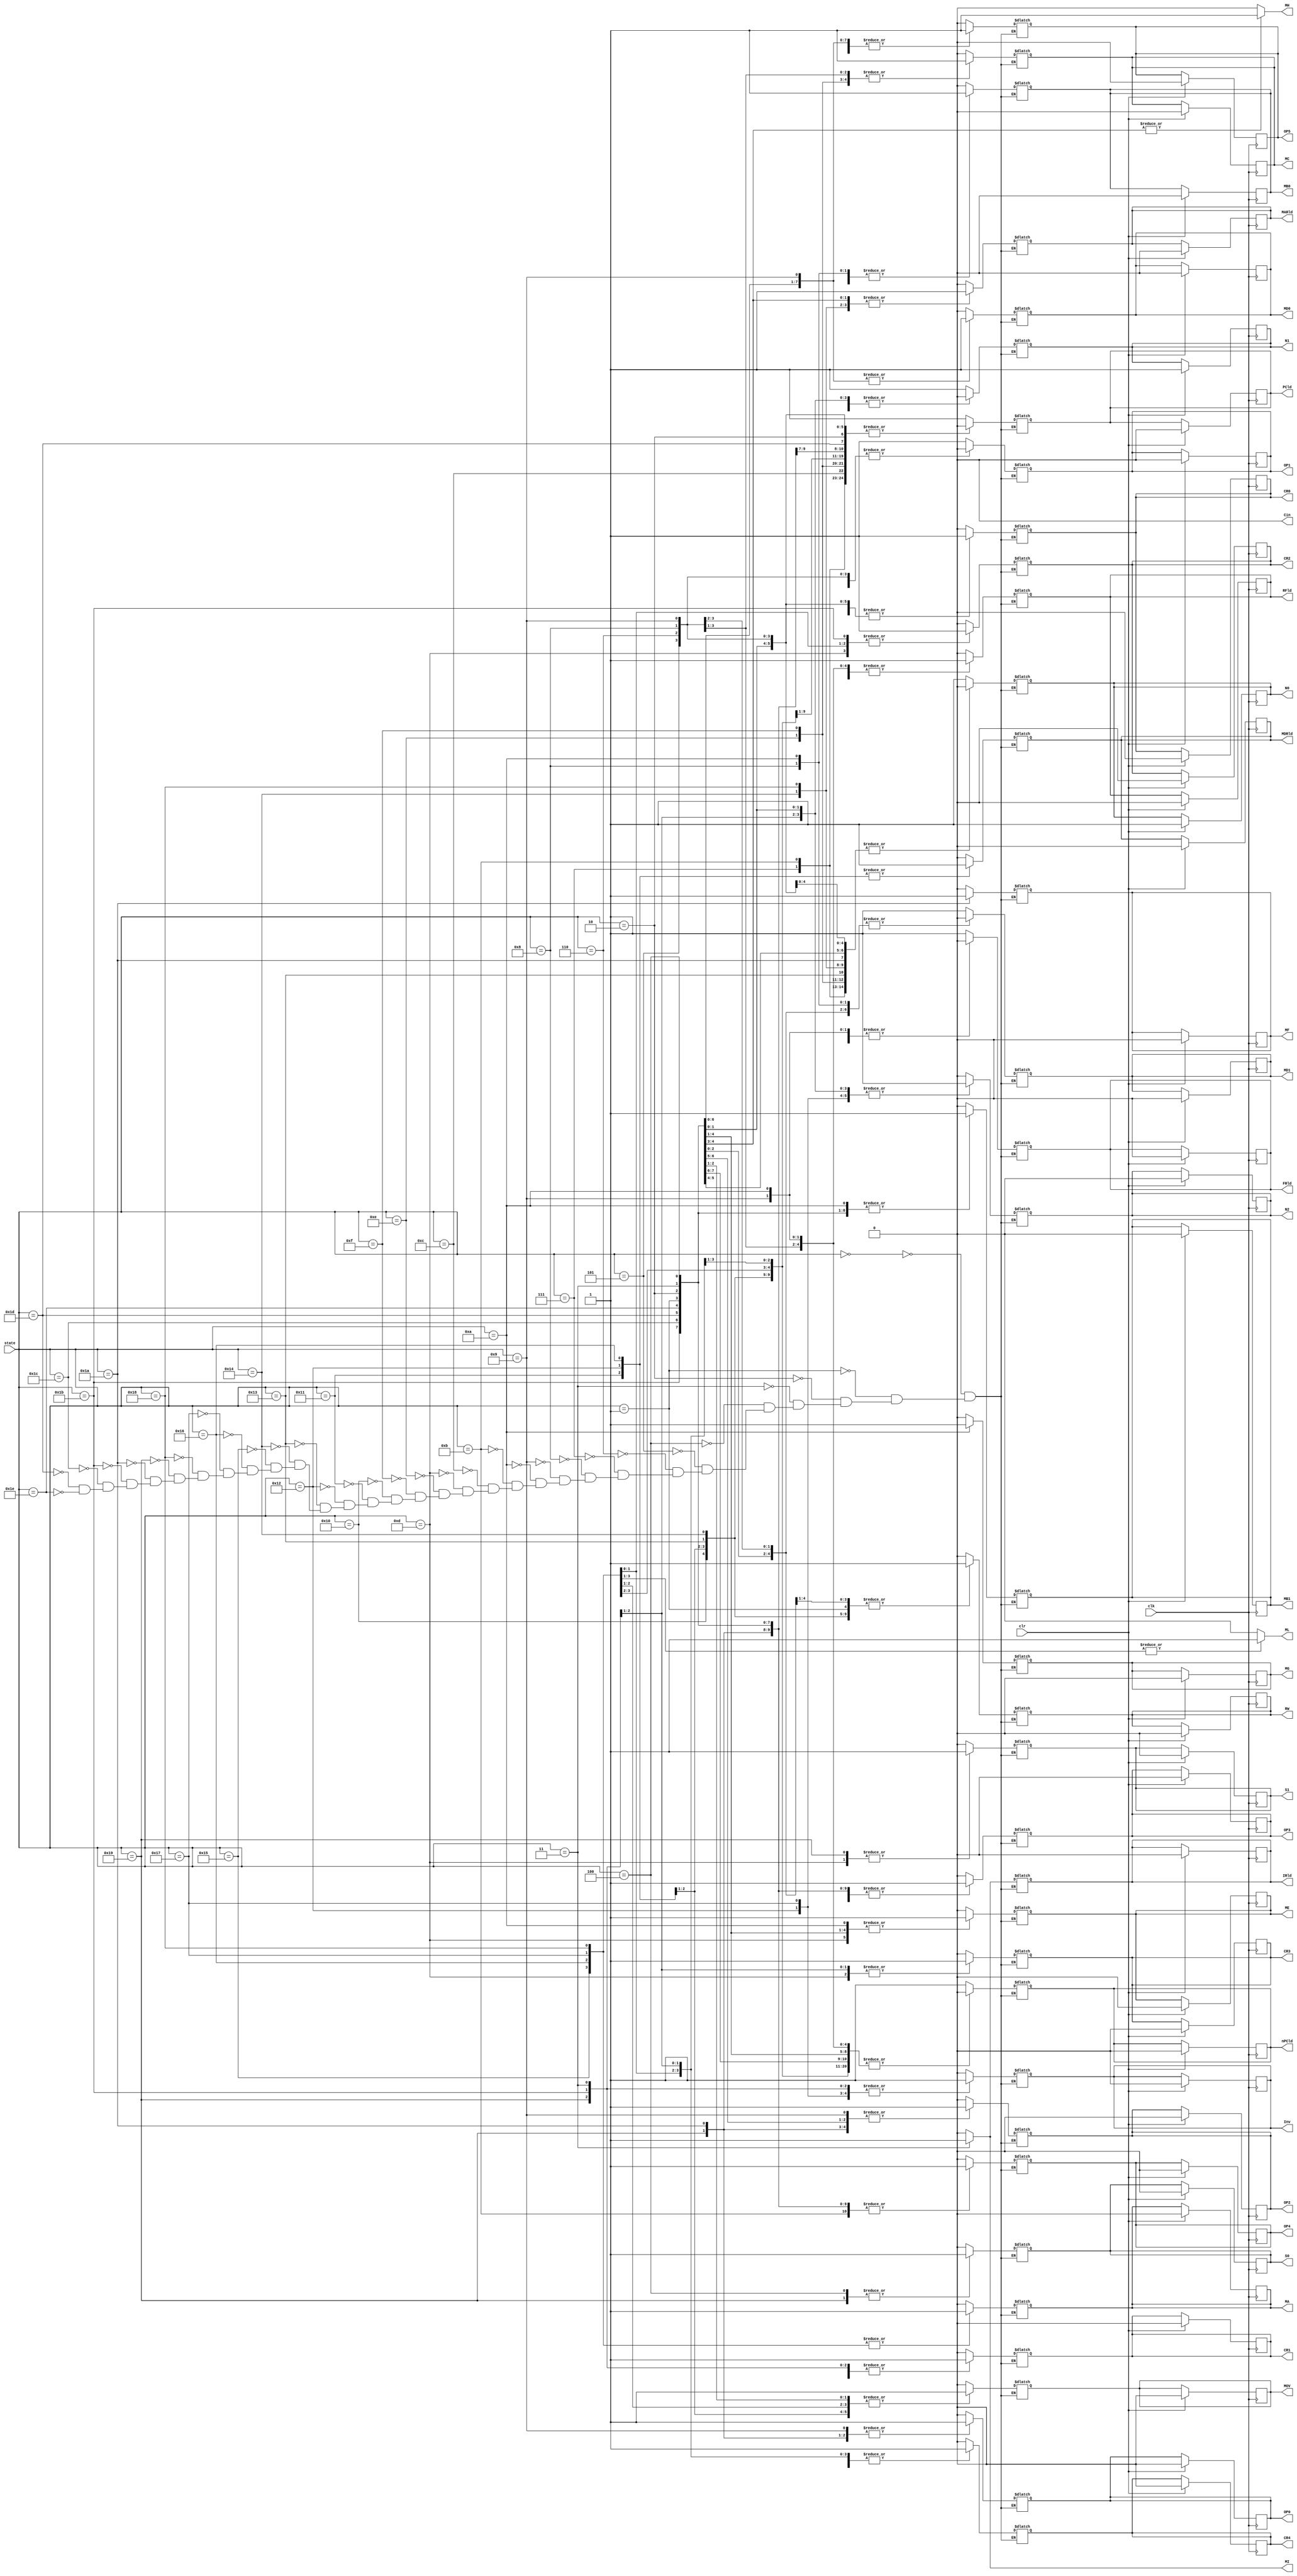
/* Module of Microstore for the Control Unit
   Programmed by: Lianne Snchez Rodrguez
   Phase 3 
   Professor: Nestor Rodrguez 
*/
module microstore(output reg MOV, RW, MARld, MDRld, IRld, PCld, nPCld, RFld, FRld, Cin, MA, MB0, MB1, MC, MD0, MD1, ME, MF, MG, MH, MI,ML, OP5, 
				OP4, OP3, OP2, OP1, OP0, N2, N1, N0, Inv, S1, S0, CR4, CR3, CR2, CR1, CR0, input [4:0] state, input clk, clr);
	initial
		begin
			//	Control Signals for Data Path
			MOV <= 0;
			RW <= 0;
			MARld <= 0;
			MDRld <= 0;
			IRld <= 0;
			PCld <= 0;
			nPCld <= 0;
			RFld <= 0;
			FRld <= 0;
			MA <= 0;
			MB0 <= 0;
			MB1 <= 0;
			MC <= 0;
			MD0 <= 0;
			MD1 <= 0;
			ME <= 0;
			MF <= 0;
			MG <= 0;
			OP0 <= 0;
			OP1 <= 0;
			OP2 <= 0;
			OP3 <= 0;
			OP4 <= 0;
			OP5 <= 0;
			Cin <= 0;
			// 	Transition State Signals
			N2 <= 0;
			N1 <= 1;
			N0 <= 0;
			Inv <= 0;
			S1 <= 0;
			S0 <= 0;
			CR4 <= 0;
			CR3 <= 0;
			CR2 <= 0;
			CR1 <= 0;
			CR0 <= 0;
		end
	always @(posedge clk)
		begin
			if(clr)
				begin
					//	Control Signals for Data Path
					MOV <= 0;
					RW <= 0;
					MARld <= 0;
					MDRld <= 0;
					IRld <= 0;
					PCld <= 0;
					nPCld <= 0;
					RFld <= 0;
					FRld <= 0;
					MA <= 0;
					MB0 <= 0;
					MB1 <= 0;
					MC <= 0;
					MD0 <= 0;
					MD1 <= 0;
					ME <= 0;
					MF <= 0;
					MG <= 0;
					OP0 <= 0;
					OP1 <= 0;
					OP2 <= 0;
					OP3 <= 0;
					OP4 <= 0;
					OP5 <= 0;
					Cin <= 0;
					// 	Transition State Signals
					N2 <= 0;
					N1 <= 1;
					N0 <= 1;
					Inv <= 0;
					S1 <= 0;
					S0 <= 0;
					CR4 <= 0;
					CR3 <= 0;
					CR2 <= 0;
					CR1 <= 0;
					CR0 <= 0;
				end
		end
	always @(state)
		begin
			//#5;
			MH <= 0;
			MI <= 0;
			ML <=0;
			case(state)
				5'b00000:
					begin
						//	Control Signals for Data Path
						MOV <= 0;
						RW <= 0;
						MARld <= 0;
						MDRld <= 0;
						IRld <= 0;
						PCld <= 1;
						nPCld <= 1;
						RFld <= 0;
						FRld <= 1;
						MA <= 0;
						MB0 <= 0;
						MB1 <= 0;
						MC <= 0;
						MD0 <= 0;
						MD1 <= 1;
						ME <= 0;
						MF <= 0;
						MG <= 0;
						OP0 <= 0;
						OP1 <= 1;
						OP2 <= 0;
						OP3 <= 0;
						OP4 <= 0;
						OP5 <= 0;
						Cin <= 0;
						// 	Transition State Signals
						N2 <= 0;
						N1 <= 1;
						N0 <= 1;
						Inv <= 0;
						S1 <= 0;
						S0 <= 0;
						CR4 <= 0;
						CR3 <= 0;
						CR2 <= 0;
						CR1 <= 0;
						CR0 <= 0;
					end
				5'b00001:
					begin
						//	Control Signals for Data Path
						MOV <= 0;
						RW <= 1;
						MARld <= 1;
						MDRld <= 0;
						IRld <= 0;
						PCld <= 1;// change
						nPCld <= 0;
						RFld <= 0;
						FRld <= 0;
						MA <= 0;
						MB0 <= 1;
						MB1 <= 1;
						MC <= 0;
						MD0 <= 1;//--
						MD1 <= 0;
						ME <= 1;
						MF <= 0;
						MG <= 0;
						MH <=1;
						
						OP0 <= 0;//changed op code
						OP1 <= 1;
						OP2 <= 0;
						OP3 <= 1;
						OP4 <= 1;
						OP5 <= 1;
						Cin <= 0;
						// 	Transition State Signals
						N2 <= 0;
						N1 <= 1;
						N0 <= 1;
						Inv <= 0;
						S1 <= 0;
						S0 <= 0;
						CR4 <= 0;
						CR3 <= 0;
						CR2 <= 0;
						CR1 <= 0;
						CR0 <= 1;
					end
				5'b00010:
					begin
												//	Control Signals for Data Path
						MOV <= 1;
						RW <= 1;
						MARld <= 0;
						MDRld <= 0;
						IRld <= 0;
						PCld <= 0;/// 
						nPCld <= 0;//CHANGE THIIIISIISISISISISIS
						RFld <= 0;
						FRld <= 0;
						MA <= 0;
						MB0 <= 1;
						MB1 <= 1;
						MC <= 0;
						MD0 <= 1;// cambie eso a 0--------
						MD1 <= 0;
						ME <= 1;
						MF <= 0;
						MG <= 0;
						OP0 <= 0;
						OP1 <= 1;
						OP2 <= 0;
						OP3 <= 1;
						OP4 <= 1;
						OP5 <= 1;
						Cin <= 0;
						// 	Transition State Signals
						N2 <= 0;
						N1 <= 1;
						N0 <= 1;
						Inv <= 0;
						S1 <= 0;
						S0 <= 0;
						CR4 <= 0;
						CR3 <= 0;
						CR2 <= 0;
						CR1 <= 0;
						CR0 <= 0;
					end
				5'b00011:
					begin
						//#5;						//	Control Signals for Data Path
						MOV <= 1;
						RW <= 1;
						MARld <= 0;
						MDRld <= 0;
						IRld <= 1;
						PCld <= 0;
						nPCld <= 0;
						RFld <= 0;
						FRld <= 0;
						MA <= 0;
						MB0 <= 1;
						MB1 <= 1;
						MC <= 0;
						MD0 <= 1; //----------
						MD1 <= 0;
						ME <= 1;
						MF <= 0;
						MG <= 0;
						MI <=1;
						OP0 <= 0;
						OP1 <= 1;
						OP2 <= 0;
						OP3 <= 1;
						OP4 <= 1;
						OP5 <= 1;
						Cin <= 0;
						// 	Transition State Signals
						N2 <= 1;
						N1 <= 0;
						N0 <= 1;
						Inv <= 1;
						S1 <= 0;
						S0 <= 0;
						CR4 <= 0;
						CR3 <= 0;
						CR2 <= 0;
						CR1 <= 1;
						CR0 <= 1;
					end
					
				5'b00100:
					begin
												//	Control Signals for Data Path
						MOV <= 0;
						RW <= 1;
						MARld <= 0;
						MDRld <= 0;
						IRld <= 0;
						PCld <= 0;
						nPCld <= 1;
						RFld <= 0;
						FRld <= 0;
						MA <= 0;
						MB0 <= 1;
						MB1 <= 1;
						MC <= 0;
						MD0 <= 1;//----------------
						MD1 <= 0;
						ME <= 0;
						MF <= 0;
						MG <= 0;
						OP0 <= 0;
						OP1 <= 1;
						OP2 <= 0;
						OP3 <= 1;
						OP4 <= 1;
						OP5 <= 1;
						Cin <= 0;
						// 	Transition State Signals
						N2 <= 1;
						N1 <= 0;
						N0 <= 0;
						Inv <= 0;
						S1 <= 0;
						S0 <= 1;
						CR4 <= 0;
						CR3 <= 0;
						CR2 <= 0;
						CR1 <= 0;
						CR0 <= 1;
					end
				5'b00101:
					begin
												//	Control Signals for Data Path
						MOV <= 0;
						RW <= 1;
						MARld <= 0;
						MDRld <= 0;
						IRld <= 0;
						PCld <= 0;
						nPCld <= 0;
						RFld <= 1;
						FRld <= 0;
						MA <= 0;
						MB0 <= 0;
						MB1 <= 0;
						MC <= 1;
						MD0 <= 0;
						MD1 <= 0;
						ME <= 0;
						MF <= 0;
						MG <= 0;
						OP0 <= 0;
						OP1 <= 0;
						OP2 <= 0;
						OP3 <= 0;
						OP4 <= 0;
						OP5 <= 0;
						Cin <= 0;
						// 	Transition State Signals
						N2 <= 0;
						N1 <= 1;
						N0 <= 0;
						Inv <= 0;
						S1 <= 0;
						S0 <= 0;
						CR4 <= 0;
						CR3 <= 0;
						CR2 <= 0;
						CR1 <= 0;
						CR0 <= 1;
					end 
				5'b00110:
					begin
												//	Control Signals for Data Path
						MOV <= 0;
						RW <= 0;
						MARld <= 0;
						MDRld <= 0;
						IRld <= 0;
						PCld <= 0;
						nPCld <= 0;
						RFld <= 1;
						FRld <= 1;
						MA <= 0;
						MB0 <= 0;
						MB1 <= 0;
						MC <= 1;
						MD0 <= 0;
						MD1 <= 0;
						ME <= 0;
						MF <= 0;
						MG <= 0;
						OP0 <= 0;
						OP1 <= 0;
						OP2 <= 0;
						OP3 <= 0;
						OP4 <= 0;
						OP5 <= 0;
						Cin <= 0;
						// 	Transition State Signals
						N2 <= 0;
						N1 <= 1;
						N0 <= 0;
						Inv <= 0;
						S1 <= 0;
						S0 <= 0;
						CR4 <= 0;
						CR3 <= 0;
						CR2 <= 0;
						CR1 <= 0;
						CR0 <= 1;
					end
				5'b00111:
					begin
												//	Control Signals for Data Path
						MOV <= 0;
						RW <= 0;
						MARld <= 0;
						MDRld <= 0;
						IRld <= 0;
						PCld <= 0;
						nPCld <= 0;
						RFld <= 1;
						FRld <= 0;
						MA <= 0;
						MB0 <= 1;
						MB1 <= 0;
						MC <= 1;
						MD0 <= 0;
						MD1 <= 0;
						ME <= 0;
						MF <= 0;
						MG <= 0;
						OP0 <= 0;
						OP1 <= 0;
						OP2 <= 0;
						OP3 <= 0;
						OP4 <= 0;
						OP5 <= 0;
						Cin <= 0;
						// 	Transition State Signals
						N2 <= 0;
						N1 <= 1;
						N0 <= 0;
						Inv <= 0;
						S1 <= 0;
						S0 <= 0;
						CR4 <= 0;
						CR3 <= 0;
						CR2 <= 0;
						CR1 <= 0;
						CR0 <= 1;
					end
				5'b01000:
					begin
												//	Control Signals for Data Path
						MOV <= 0;
						RW <= 0;
						MARld <= 0;
						MDRld <= 0;
						IRld <= 0;
						PCld <= 0;
						nPCld <= 0;
						RFld <= 1;
						FRld <= 1;
						MA <= 0;
						MB0 <= 1;
						MB1 <= 0;
						MC <= 1;
						MD0 <= 0;
						MD1 <= 0;
						ME <= 0;
						MF <= 0;
						MG <= 0;
						OP0 <= 0;
						OP1 <= 0;
						OP2 <= 0;
						OP3 <= 0;
						OP4 <= 0;
						OP5 <= 0;
						Cin <= 0;
						// 	Transition State Signals
						N2 <= 0;
						N1 <= 1;
						N0 <= 0;
						Inv <= 0;
						S1 <= 0;
						S0 <= 0;
						CR4 <= 0;
						CR3 <= 0;
						CR2 <= 0;
						CR1 <= 0;
						CR0 <= 1;
					end
				5'b01001:
					begin
												//	Control Signals for Data Path
						MOV <= 0;
						RW <= 0;
						MARld <= 0;
						MDRld <= 0;
						IRld <= 0;
						PCld <= 0;
						nPCld <= 0;
						RFld <= 1;
						FRld <= 0;
						MA <= 0;
						MB0 <= 0;
						MB1 <= 0;
						MC <= 0;
						MD0 <= 1;
						MD1 <= 1;
						ME <= 0;
						MF <= 0;
						MG <= 0;
						OP0 <= 1;
						OP1 <= 0;
						OP2 <= 1;
						OP3 <= 0;
						OP4 <= 0;
						OP5 <= 1;
						Cin <= 0;
						// 	Transition State Signals
						N2 <= 0;
						N1 <= 1;
						N0 <= 0;
						Inv <= 0;
						S1 <= 0;
						S0 <= 0;
						CR4 <= 0;
						CR3 <= 0;
						CR2 <= 0;
						CR1 <= 0;
						CR0 <= 1;
					end
				5'b01010:
					begin
												//	Control Signals for Data Path
						MOV <= 0;
						RW <= 0;
						MARld <= 0;
						MDRld <= 0;
						IRld <= 0;
						PCld <= 1;
						nPCld <= 0;
						RFld <= 1;
						FRld <= 0;
						MA <= 0;
						MB0 <= 1;
						MB1 <= 1;
						MC <= 0;
						MD0 <= 0;
						MD1 <= 0;
						ME <= 1;
						MF <= 0;
						MG <= 1;
						OP0 <= 0;
						OP1 <= 1;
						OP2 <= 0;
						OP3 <= 0;
						OP4 <= 0;
						OP5 <= 0;
						Cin <= 0;
						// 	Transition State Signals
						N2 <= 0;
						N1 <= 1;
						N0 <= 1;
						Inv <= 0;
						S1 <= 0;
						S0 <= 0;
						CR4 <= 0;
						CR3 <= 0;
						CR2 <= 0;
						CR1 <= 0;
						CR0 <= 0;
					end
				5'b01011:
					begin
												//	Control Signals for Data Path
						MOV <= 0;
						RW <= 0;
						MARld <= 0;
						MDRld <= 0;
						IRld <= 0;
						PCld <= 0;
						nPCld <= 1;
						RFld <= 0;
						FRld <= 0;
						MA <= 0;
						MB0 <= 1;
						MB1 <= 1;
						MC <= 0;
						MD0 <= 0;
						MD1 <= 0;
						ME <= 0;
						MF <= 0;
						MG <= 0;
						OP0 <= 0;
						OP1 <= 0;
						OP2 <= 0;
						OP3 <= 1;
						OP4 <= 1;
						OP5 <= 1;
						Cin <= 0;
						// 	Transition State Signals
						N2 <= 0;
						N1 <= 1;
						N0 <= 0;
						Inv <= 0;
						S1 <= 0;
						S0 <= 0;
						CR4 <= 0;
						CR3 <= 0;
						CR2 <= 0;
						CR1 <= 0;
						CR0 <= 1;
					end
				5'b01100:
					begin
												//	Control Signals for Data Path
						MOV <= 0;
						RW <= 0;
						MARld <= 0;
						MDRld <= 0;
						IRld <= 0;
						PCld <= 0;
						nPCld <= 0;
						RFld <= 1;
						FRld <= 0;
						MA <= 0;
						MB0 <= 1;
						MB1 <= 1;
						MC <= 0;
						MD0 <= 0;
						MD1 <= 0;
						ME <= 0;
						MF <= 0;
						MG <= 0;
						OP0 <= 0;
						OP1 <= 1;
						OP2 <= 0;
						OP3 <= 0;
						OP4 <= 0;
						OP5 <= 0;
						Cin <= 0;
						// 	Transition State Signals
						N2 <= 0;
						N1 <= 1;
						N0 <= 1;
						Inv <= 0;
						S1 <= 0;
						S0 <= 0;
						CR4 <= 0;
						CR3 <= 0;
						CR2 <= 0;
						CR1 <= 0;
						CR0 <= 0;
					end
				5'b01101:
					begin 
												//	Control Signals for Data Path
						MOV <= 0;
						RW <= 0;
						MARld <= 0;
						MDRld <= 0;
						IRld <= 0;
						PCld <= 1;
						nPCld <= 0;
						RFld <= 0;
						FRld <= 0;
						MA <= 0;
						MB0 <= 0;
						MB1 <= 0;
						MC <= 0;
						MD0 <= 0;
						MD1 <= 0;
						ME <= 1;
						MF <= 0;
						MG <= 0;
						OP0 <= 0;
						OP1 <= 0;
						OP2 <= 0;
						OP3 <= 0;
						OP4 <= 0;
						OP5 <= 0;
						Cin <= 0;
						// 	Transition State Signals
						N2 <= 1;
						N1 <= 0;
						N0 <= 1;
						Inv <= 0;
						S1 <= 1;
						S0 <= 0;
						CR4 <= 0;
						CR3 <= 1;
						CR2 <= 1;
						CR1 <= 1;
						CR0 <= 1;
					end
				5'b01110:
					begin
												//	Control Signals for Data Path
						MOV <= 0;
						RW <= 0;
						MARld <= 0;
						MDRld <= 0;
						IRld <= 0;
						PCld <= 0;
						nPCld <= 1;
						RFld <= 0;
						FRld <= 0;
						MA <= 0;
						MB0 <= 0;
						MB1 <= 0;
						MC <= 1;
						MD0 <= 0;
						MD1 <= 0;
						ME <= 0;
						MF <= 0;
						MG <= 0;
						OP0 <= 0;
						OP1 <= 0;
						OP2 <= 0;
						OP3 <= 0;
						OP4 <= 0;
						OP5 <= 0;
						Cin <= 0;
						// 	Transition State Signals
						N2 <= 0;
						N1 <= 1;
						N0 <= 0;
						Inv <= 0;
						S1 <= 0;
						S0 <= 0;
						CR4 <= 0;
						CR3 <= 0;
						CR2 <= 0;
						CR1 <= 0;
						CR0 <= 1;
					end
				5'b01111:
					begin
												//	Control Signals for Data Path
						MOV <= 0;
						RW <= 0;
						MARld <= 0;
						MDRld <= 0;
						IRld <= 0;
						PCld <= 0;
						nPCld <= 1;
						RFld <= 0;
						FRld <= 0;
						MA <= 0;
						MB0 <= 1;
						MB1 <= 0;
						MC <= 1;
						MD0 <= 0;
						MD1 <= 0;
						ME <= 0;
						MF <= 0;
						MG <= 0;
						OP0 <= 0;
						OP1 <= 0;
						OP2 <= 0;
						OP3 <= 0;
						OP4 <= 0;
						OP5 <= 0;
						Cin <= 0;
						// 	Transition State Signals
						N2 <= 0;
						N1 <= 1;
						N0 <= 0;
						Inv <= 0;
						S1 <= 0;
						S0 <= 0;
						CR4 <= 0;
						CR3 <= 0;
						CR2 <= 0;
						CR1 <= 0;
						CR0 <= 1;
					end
				5'b10000:
					begin
												//	Control Signals for Data Path
						MOV <= 0;
						RW <= 1;
						MARld <= 1;
						MDRld <= 0;
						IRld <= 0;
						PCld <= 0;
						nPCld <= 0;
						RFld <= 0;
						FRld <= 0;
						MA <= 0;
						MB0 <= 0;
						MB1 <= 0;
						MC <= 0;
						MD0 <= 0;
						MD1 <= 0;
						ME <= 0;
						MF <= 0;
						MG <= 0;
						OP0 <= 0;
						OP1 <= 0;
						OP2 <= 0;
						OP3 <= 0;
						OP4 <= 0;
						OP5 <= 0;
						Cin <= 0;
						// 	Transition State Signals
						N2 <= 0;
						N1 <= 1;
						N0 <= 1;
						Inv <= 0;
						S1 <= 0;
						S0 <= 0;
						CR4 <= 0;
						CR3 <= 0;
						CR2 <= 0;
						CR1 <= 0;
						CR0 <= 0;
					end
				5'b10001:
					begin
												//	Control Signals for Data Path
						MOV <= 1;
						RW <= 1;
						MARld <= 0;
						MDRld <= 1;
						IRld <= 0;
						PCld <= 0;
						nPCld <= 0;
						RFld <= 0;
						FRld <= 0;
						MA <= 0;
						MB0 <= 0;
						MB1 <= 1;
						MC <= 0;
						MD0 <= 0;
						MD1 <= 0;
						ME <= 0;
						MF <= 0;
						MG <= 0;
						OP0 <= 0;
						OP1 <= 1;
						OP2 <= 0;
						OP3 <= 1;
						OP4 <= 0;
						OP5 <= 0;
						Cin <= 0;
						// 	Transition State Signals
						N2 <= 0;
						N1 <= 1;
						N0 <= 1;
						Inv <= 0;
						S1 <= 0;
						S0 <= 0;
						CR4 <= 1;
						CR3 <= 0;
						CR2 <= 0;
						CR1 <= 0;
						CR0 <= 1;
					end
				5'b10010:
					begin
												//	Control Signals for Data Path
						MOV <= 1;
						RW <= 1;
						MARld <= 0;
						MDRld <= 1;
						IRld <= 0;
						PCld <= 0;
						nPCld <= 0;
						RFld <= 1;
						FRld <= 0;
						MA <= 0;
						MB0 <= 0;
						MB1 <= 1;//lol
						MC <= 0;
						MD0 <= 0;
						MD1 <= 0;
						ME <= 0;
						MF <= 0;
						MG <= 0;
						OP0 <= 0;
						OP1 <= 1;
						OP2 <= 0;
						OP3 <= 1;
						OP4 <= 0;
						OP5 <= 0;
						Cin <= 0;
						// 	Transition State Signals
						N2 <= 1;
						N1 <= 0;
						N0 <= 1;
						Inv <= 1;
						S1 <= 0;
						S0 <= 0;
						CR4 <= 1;
						CR3 <= 0;
						CR2 <= 0;
						CR1 <= 1;
						CR0 <= 0;
					end
				5'b10011:
					begin
												//	Control Signals for Data Path
						MOV <= 0;// 
						RW <= 1;// 
						MARld <= 0; //changed thisss
						MDRld <= 0;
						IRld <= 0;
						PCld <= 0;
						nPCld <= 0;
						RFld <= 0;
						FRld <= 0;
						MA <= 0;
						MB0 <= 0;
						MB1 <= 1;
						MC <= 0;
						MD0 <= 0;
						MD1 <= 0;
						ME <= 0;
						MF <= 0;
						MG <= 0;
						MH <=0; //hcnaged this
						OP0 <= 0;
						OP1 <= 1;
						OP2 <= 0;
						OP3 <= 1;
						OP4 <= 0;
						OP5 <= 0;
						Cin <= 0;
						// 	Transition State Signals
						N2 <= 0;
						N1 <= 1;
						N0 <= 0;
						Inv <= 0;
						S1 <= 0;
						S0 <= 0;
						CR4 <= 0;
						CR3 <= 0;
						CR2 <= 0;
						CR1 <= 0;
						CR0 <= 1;
					end
				5'b10100:
					begin
												//	Control Signals for Data Path
						MOV <= 0;
						RW <= 1;
						MARld <= 1;
						MDRld <= 0;
						IRld <= 0;
						PCld <= 0;
						nPCld <= 0;
						RFld <= 0;
						FRld <= 0;
						MA <= 0;
						MB0 <= 1;
						MB1 <= 0;
						MC <= 0;
						MD0 <= 0;
						MD1 <= 0;
						ME <= 0;
						MF <= 0;
						MG <= 0;
						OP0 <= 0;
						OP1 <= 0;
						OP2 <= 0;
						OP3 <= 0;
						OP4 <= 0;
						OP5 <= 0;
						Cin <= 0;
						// 	Transition State Signals
						N2 <= 0;
						N1 <= 1;
						N0 <= 0;
						Inv <= 0;
						S1 <= 0;
						S0 <= 0;
						CR4 <= 1;
						CR3 <= 0;
						CR2 <= 0;
						CR1 <= 0;
						CR0 <= 1;
					end
				5'b10101:
					begin
												//	Control Signals for Data Path
						MOV <= 0;
						RW <= 0;
						MARld <= 0;
						MDRld <= 0;
						IRld <= 0;
						PCld <= 0;
						nPCld <= 0;
						RFld <= 0;
						FRld <= 0;
						MA <= 1;
						MB0 <= 0;
						MB1 <= 0;
						MC <= 0;
						MD0 <= 0;
						MD1 <= 0;
						ME <= 0;
						MF <= 0;
						MG <= 0;
						ML<=1;
						OP0 <= 0;
						OP1 <= 1;
						OP2 <= 0;
						OP3 <= 1;
						OP4 <= 0;
						OP5 <= 0;
						Cin <= 0;
						// 	Transition State Signals
						N2 <= 0;
						N1 <= 1;
						N0 <= 1;
						Inv <= 0;
						S1 <= 0;
						S0 <= 0;
						CR4 <= 0;
						CR3 <= 0;
						CR2 <= 0;
						CR1 <= 0;
						CR0 <= 0;
					end
				5'b10110:
					begin
												//	Control Signals for Data Path
						MOV <= 1;
						RW <= 0;
						MARld <= 0;
						MDRld <= 1;
						IRld <= 0;
						PCld <= 0;
						nPCld <= 0;
						RFld <= 0;
						FRld <= 0;
						MA <= 1;
						MB0 <= 0;
						MB1 <= 0;
						MC <= 0;
						MD0 <= 0;
						MD1 <= 0;
						ME <= 0;
						MF <= 0;
						MG <= 0;
						ML <= 1;
						OP0 <= 0;
						OP1 <= 1;
						OP2 <= 0;
						OP3 <= 1;
						OP4 <= 0;
						OP5 <= 0;
						Cin <= 0;
						// 	Transition State Signals
						N2 <= 0;
						N1 <= 1;
						N0 <= 1;
						Inv <= 0;
						S1 <= 0;
						S0 <= 0;
						CR4 <= 0;
						CR3 <= 0;
						CR2 <= 0;
						CR1 <= 0;
						CR0 <= 0;
					end
				5'b10111:
					begin
												//	Control Signals for Data Path
						MOV <= 1;
						RW <= 0;
						MARld <= 0;
						MDRld <= 0;
						IRld <= 0;
						PCld <= 0;
						nPCld <= 0;
						RFld <= 0;
						FRld <= 0;
						MA <= 1;
						MB0 <= 0;
						MB1 <= 0;
						MC <= 0;
						MD0 <= 0;
						MD1 <= 0;
						ME <= 0;
						MF <= 0;
						MG <= 0;
						ML <= 1;
						OP0 <= 0;
						OP1 <= 1;
						OP2 <= 0;
						OP3 <= 1;
						OP4 <= 0;
						OP5 <= 0;
						Cin <= 0;
						// 	Transition State Signals
						N2 <= 1;
						N1 <= 1;
						N0 <= 1;
						Inv <= 1;
						S1 <= 0;
						S0 <= 0;
						CR4 <= 1;
						CR3 <= 0;
						CR2 <= 1;
						CR1 <= 1;
						CR0 <= 1;
					end
				5'b11000:
					begin
												//	Control Signals for Data Path
						MOV <= 0;
						RW <= 0;
						MARld <= 1;
						MDRld <= 0;
						IRld <= 0;
						PCld <= 0;
						nPCld <= 0;
						RFld <= 0;
						FRld <= 0;
						MA <= 1;
						MB0 <= 1;
						MB1 <= 0;
						MC <= 0;
						MD0 <= 0;
						MD1 <= 0;
						ME <= 0;
						MF <= 0;
						MG <= 0;
						OP0 <= 0;
						OP1 <= 0;
						OP2 <= 0;
						OP3 <= 0;
						OP4 <= 0;
						OP5 <= 0;
						Cin <= 0;
						// 	Transition State Signals
						N2 <= 0;
						N1 <= 1;
						N0 <= 0;
						Inv <= 0;
						S1 <= 0;
						S0 <= 0;
						CR4 <= 1;
						CR3 <= 0;
						CR2 <= 1;
						CR1 <= 1;
						CR0 <= 0;
					end
				5'b11001:
					begin
												//	Control Signals for Data Path
						MOV <= 0;
						RW <= 0;
						MARld <= 0;
						MDRld <= 0;
						IRld <= 0;
						PCld <= 0;
						nPCld <= 0; //
						RFld <= 0;
						FRld <= 0;
						MA <= 0;
						MB0 <= 1;
						MB1 <= 0;
						MC <= 0;
						MD0 <= 0;
						MD1 <= 0;
						ME <= 0;
						MF <= 0;
						MG <= 0;
						//MH<=1;
						OP0 <= 1;
						OP1 <= 1;
						OP2 <= 1;
						OP3 <= 1;
						OP4 <= 1;
						OP5 <= 1;
						Cin <= 0;
						// 	Transition State Signals
						N2 <= 1;
						N1 <= 0;
						N0 <= 1;
						Inv <= 1;
						S1 <= 1;
						S0 <= 1;
						CR4 <= 1;
						CR3 <= 1;
						CR2 <= 0;
						CR1 <= 1;
						CR0 <= 1;
					end
				5'b11010:
					begin
												//	Control Signals for Data Path
						MOV <= 0;
						RW <= 0;
						MARld <= 0;
						MDRld <= 0;
						IRld <= 0;
						PCld <= 0;
						nPCld <= 1;
						RFld <= 0;
						FRld <= 0;
						MA <= 0; //TUVE QUE HACER THIS CHANGE
						MB0 <= 1;
						MB1 <= 0; //THIS CHANGED
						MC <= 0;
						MD0 <= 0;
						MD1 <= 0;
						ME <= 0;
						MF <= 1;
						MG <= 0;
						MH<=0;
						OP0 <= 1;
						OP1 <= 1;
						OP2 <= 1;
						OP3 <= 1;
						OP4 <= 1;
						OP5 <= 1;
						Cin <= 0;
						// 	Transition State Signals
						N2 <= 0;
						N1 <= 1;
						N0 <= 0;
						Inv <= 0;
						S1 <= 0;
						S0 <= 0;
						CR4 <= 0;
						CR3 <= 0;
						CR2 <= 0;
						CR1 <= 0;
						CR0 <= 1;
					end
				
				5'b11011:
					begin
												//	Control Signals for Data Path
						MOV <= 0;
						RW <= 0;
						MARld <= 0;
						MDRld <= 0;
						IRld <= 0;
						PCld <= 0;
						nPCld <= 0;
						RFld <= 0;
						FRld <= 0;
						MA <= 0;
						MB0 <= 1;
						MB1 <= 1;
						MC <= 0;
						MD0 <= 0;
						MD1 <= 0;
						ME <= 0;
						MF <= 0;
						MG <= 0;
						OP0 <= 0;
						OP1 <= 1;
						OP2 <= 0;
						OP3 <= 1;
						OP4 <= 1;
						OP5 <= 1;
						Cin <= 0;
						// 	Transition State Signals
						N2 <= 1;
						N1 <= 0;
						N0 <= 1;
						Inv <= 1;
						S1 <= 0;
						S0 <= 0;
						CR4 <= 1;
						CR3 <= 1;
						CR2 <= 1;
						CR1 <= 1;
						CR0 <= 0;
					end
				5'b11100:
					begin
												//	Control Signals for Data Path
						MOV <= 0;
						RW <= 0;
						MARld <= 0;
						MDRld <= 0;
						IRld <= 0;
						PCld <= 1;
						nPCld <= 0;
						RFld <= 0;
						FRld <= 0;
						MA <= 0;
						MB0 <= 1;
						MB1 <= 1;
						MC <= 0;
						MD0 <= 1;
						MD1 <= 0;
						ME <= 0;
						MF <= 0;
						MG <= 0;
						OP0 <= 0;
						OP1 <= 1;
						OP2 <= 1;
						OP3 <= 1;
						OP4 <= 1;
						OP5 <= 1;
						Cin <= 0;
						// 	Transition State Signals
						N2 <= 0;
						N1 <= 1;
						N0 <= 1;
						Inv <= 0;
						S1 <= 0;
						S0 <= 0;
						CR4 <= 0;
						CR3 <= 0;
						CR2 <= 0;
						CR1 <= 0;
						CR0 <= 0;
					end
				5'b11101:
					begin
												//	Control Signals for Data Path
						MOV <= 0;
						RW <= 0;
						MARld <= 0;
						MDRld <= 0;
						IRld <= 0;
						PCld <= 0;
						nPCld <= 1;
						RFld <= 0;
						FRld <= 0;
						MA <= 0;
						MB0 <= 1;
						MB1 <= 1;
						MC <= 0;
						MD0 <= 1;
						MD1 <= 0;
						ME <= 0;
						MF <= 0;
						MG <= 0;
						OP0 <= 0;
						OP1 <= 0;
						OP2 <= 1;
						OP3 <= 1;
						OP4 <= 1;
						OP5 <= 1;
						Cin <= 0;
						// 	Transition State Signals
						N2 <= 0;
						N1 <= 1;
						N0 <= 0;
						Inv <= 0;
						S1 <= 0;
						S0 <= 0;
						CR4 <= 0;
						CR3 <= 0;
						CR2 <= 0;
						CR1 <= 0;
						CR0 <= 1;
					end
				5'b11110:
					begin 
												//	Control Signals for Data Path
						MOV <= 0;
						RW <= 0;
						MARld <= 1;
						MDRld <= 0;
						IRld <= 0;
						PCld <= 1;
						nPCld <= 0;
						RFld <= 0;
						FRld <= 0;
						MA <= 0;
						MB0 <= 1;
						MB1 <= 1;
						MC <= 0;
						MD0 <= 1;
						MD1 <= 0;
						ME <= 1;
						MF <= 0;
						MG <= 0;
						MH <=1;
						OP0 <= 0;
						OP1 <= 1;
						OP2 <= 0;
						OP3 <= 1;
						OP4 <= 1;
						OP5 <= 1;
						Cin <= 0;
						// 	Transition State Signals
						N2 <= 0;
						N1 <= 1;
						N0 <= 0;
						Inv <= 0;
						S1 <= 0;
						S0 <= 0;
						CR4 <= 0;
						CR3 <= 0;
						CR2 <= 0;
						CR1 <= 0;
						CR0 <= 1;
					end
			endcase // state
		end
endmodule // microstore